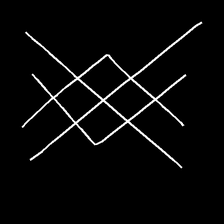
Glyph: crystal